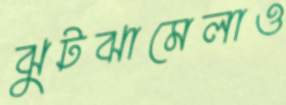
ঝুটঝামেলাও